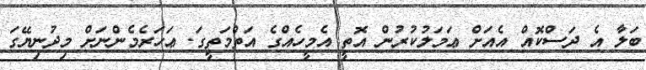
ބަލާ އެ ދަސްކޮއް އެއަށް ޢަމަލުކުރުން އޮތީ އެމީހެއްގެ އަތްމަތީގަ. ޢަހަރެމެންނަށް މިދުނިޔޭގަ